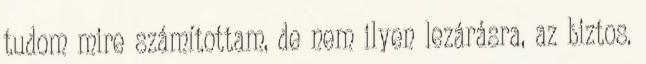
tudom mire számítottam, de nem ilyen lezárásra, az biztos.